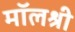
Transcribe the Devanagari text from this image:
मॉलश्री